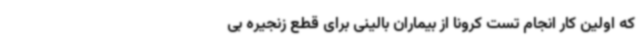
که اولین کار انجام تست کرونا از بیماران بالینی برای قطع زنجیره بی